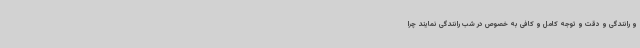
و رانندگی و دقت و توجه کامل و کافی به خصوص در شب رانندگی نمایند چرا